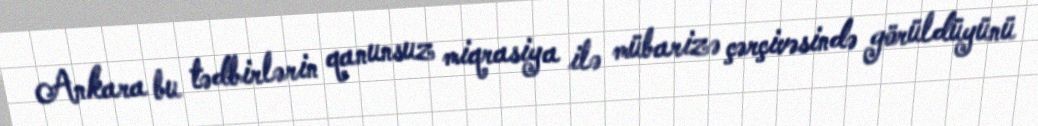
Ankara bu tədbirlərin qanunsuz miqrasiya ilə mübarizə çərçivəsində görüldüyünü